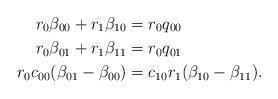
\begin{align*}r_0 \beta_{00} + r_1 \beta_{10} &= r_0 q_{00}\\r_0 \beta_{01} + r_1 \beta_{11} &= r_0 q_{01}\\r_0 c_{00} (\beta_{01} - \beta_{00}) &= c_{10} r_1 (\beta_{10} - \beta_{11}).\end{align*}